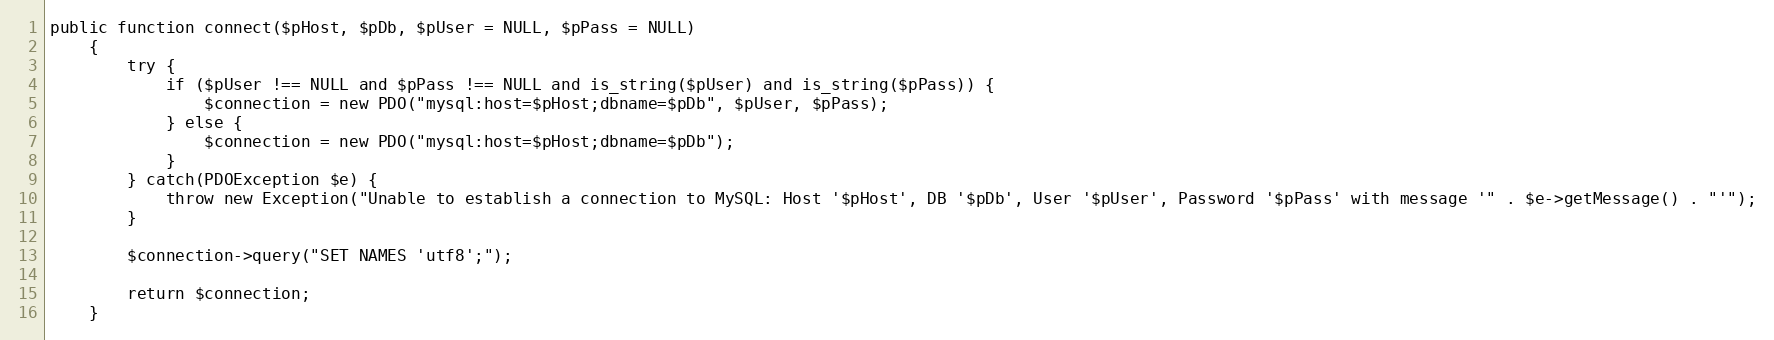
Language: PHP
public function connect($pHost, $pDb, $pUser = NULL, $pPass = NULL)
    {
        try {
            if ($pUser !== NULL and $pPass !== NULL and is_string($pUser) and is_string($pPass)) {
                $connection = new PDO("mysql:host=$pHost;dbname=$pDb", $pUser, $pPass);
            } else {
                $connection = new PDO("mysql:host=$pHost;dbname=$pDb");
            }
        } catch(PDOException $e) {
            throw new Exception("Unable to establish a connection to MySQL: Host '$pHost', DB '$pDb', User '$pUser', Password '$pPass' with message '" . $e->getMessage() . "'");
        }

        $connection->query("SET NAMES 'utf8';");

        return $connection;
    }